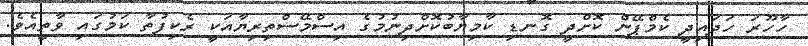
ހާހޫރަ ހަދައިދީ ކެމްޕޭން ކޮށްދީ ގޮނޑި ކާމިޔާބުކޮށްދިނުމުގެ އިސްމޭސްތިރިޔާއަކީ ރެކިފުތާ ކަމުގައި ވާތީއެވެ.